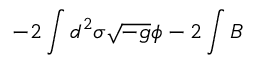
- 2 \int d ^ { 2 } \sigma \sqrt { - g } \phi - 2 \int B